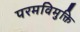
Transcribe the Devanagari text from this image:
परमविमुक्ति